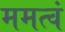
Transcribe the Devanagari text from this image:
ममत्वं